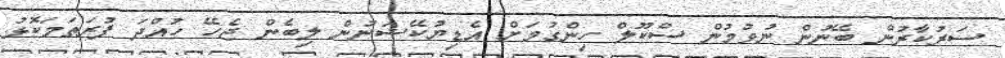
ސަރުކާރުން ބޭނުން ނުވުމުން ސްކޫލް ހިންގުމަށް އެޑިޔުކޭޝަނުން ލިބެން ޖެހޭ ހުއްދަ ފުރަތަމަކޮޅު